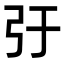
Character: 弙